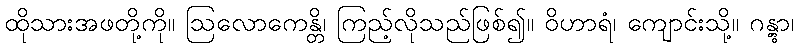
ထိုသားအဖတို့ကို။ ဩလောကေန္တိ၊ ကြည့်လိုသည်ဖြစ်၍။ ဝိဟာရံ၊ ကျောင်းသို့။ ဂန္တွာ၊